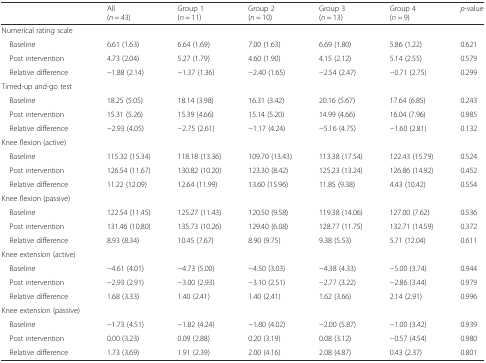
<table><thead><tr><td></td><td><b>All (<i>n</i> = 43)</b></td><td><b>Group 1 (<i>n</i> = 11)</b></td><td><b>Group 2 (<i>n</i> = 10)</b></td><td><b>Group 3 (<i>n</i> = 13)</b></td><td><b>Group 4 (<i>n</i> = 9)</b></td><td><b><i>p</i>-value</b></td></tr></thead><tbody><tr><td>Numerical rating scale</td><td></td><td></td><td></td><td></td><td></td><td></td></tr><tr><td> Baseline</td><td>6.61 (1.63)</td><td>6.64 (1.69)</td><td>7.00 (1.63)</td><td>6.69 (1.80)</td><td>5.86 (1.22)</td><td>0.621</td></tr><tr><td> Post intervention</td><td>4.73 (2.04)</td><td>5.27 (1.79)</td><td>4.60 (1.90)</td><td>4.15 (2.12)</td><td>5.14 (2.55)</td><td>0.579</td></tr><tr><td> Relative difference</td><td>−1.88 (2.14)</td><td>−1.37 (1.36)</td><td>−2.40 (1.65)</td><td>−2.54 (2.47)</td><td>−0.71 (2.75)</td><td>0.299</td></tr><tr><td>Timed-up and-go test</td><td></td><td></td><td></td><td></td><td></td><td></td></tr><tr><td> Baseline</td><td>18.25 (5.05)</td><td>18.14 (3.98)</td><td>16.31 (3.42)</td><td>20.16 (5.67)</td><td>17.64 (6.85)</td><td>0.243</td></tr><tr><td> Post intervention</td><td>15.31 (5.26)</td><td>15.39 (4.66)</td><td>15.14 (5.20)</td><td>14.99 (4.66)</td><td>16.04 (7.96)</td><td>0.985</td></tr><tr><td> Relative difference</td><td>−2.93 (4.05)</td><td>−2.75 (2.61)</td><td>−1.17 (4.24)</td><td>−5.16 (4.75)</td><td>−1.60 (2.81)</td><td>0.132</td></tr><tr><td>Knee flexion (active)</td><td></td><td></td><td></td><td></td><td></td><td></td></tr><tr><td> Baseline</td><td>115.32 (15.34)</td><td>118.18 (13.36)</td><td>109.70 (13.43)</td><td>113.38 (17.54)</td><td>122.43 (15.79)</td><td>0.524</td></tr><tr><td> Post intervention</td><td>126.54 (11.67)</td><td>130.82 (10.20)</td><td>123.30 (8.42)</td><td>125.23 (13.24)</td><td>126.86 (14.92)</td><td>0.452</td></tr><tr><td> Relative difference</td><td>11.22 (12.09)</td><td>12.64 (11.99)</td><td>13.60 (15.96)</td><td>11.85 (9.38)</td><td>4.43 (10.42)</td><td>0.554</td></tr><tr><td>Knee flexion (passive)</td><td></td><td></td><td></td><td></td><td></td><td></td></tr><tr><td> Baseline</td><td>122.54 (11.45)</td><td>125.27 (11.43)</td><td>120.50 (9.58)</td><td>119.38 (14.06)</td><td>127.00 (7.62)</td><td>0.536</td></tr><tr><td> Post intervention</td><td>131.46 (10.80)</td><td>135.73 (10.26)</td><td>129.40 (6.08)</td><td>128.77 (11.75)</td><td>132.71 (14.59)</td><td>0.372</td></tr><tr><td> Relative difference</td><td>8.93 (8.34)</td><td>10.45 (7.67)</td><td>8.90 (9.75)</td><td>9.38 (5.53)</td><td>5.71 (12.04)</td><td>0.611</td></tr><tr><td>Knee extension (active)</td><td></td><td></td><td></td><td></td><td></td><td></td></tr><tr><td> Baseline</td><td>−4.61 (4.01)</td><td>−4.73 (5.00)</td><td>−4.50 (3.03)</td><td>−4.38 (4.33)</td><td>−5.00 (3.74)</td><td>0.944</td></tr><tr><td> Post intervention</td><td>−2.93 (2.91)</td><td>−3.00 (2.93)</td><td>−3.10 (2.51)</td><td>−2.77 (3.22)</td><td>−2.86 (3.44)</td><td>0.979</td></tr><tr><td> Relative difference</td><td>1.68 (3.33)</td><td>1.40 (2.41)</td><td>1.40 (2.41)</td><td>1.62 (3.66)</td><td>2.14 (2.91)</td><td>0.996</td></tr><tr><td>Knee extension (passive)</td><td></td><td></td><td></td><td></td><td></td><td></td></tr><tr><td> Baseline</td><td>−1.73 (4.51)</td><td>−1.82 (4.24)</td><td>−1.80 (4.02)</td><td>−2.00 (5.87)</td><td>−1.00 (3.42)</td><td>0.939</td></tr><tr><td> Post intervention</td><td>0.00 (3.23)</td><td>0.09 (2.88)</td><td>0.20 (3.19)</td><td>0.08 (3.12)</td><td>−0.57 (4.54)</td><td>0.980</td></tr><tr><td> Relative difference</td><td>1.73 (3.69)</td><td>1.91 (2.39)</td><td>2.00 (4.16)</td><td>2.08 (4.87)</td><td>0.43 (2.37)</td><td>0.801</td></tr></tbody></table>